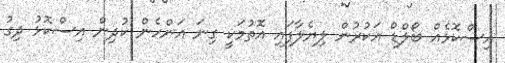
އިސްކޮޅެއް ބޯލްޑް އަކުރުން ލިޔެލާފައި އޮތުމަކީ ގިނަ އަންހެން ކުދިން އިސްކޮޅު ދިގު